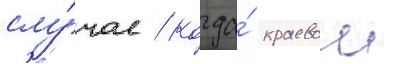
слу́чае / когда́ краевои